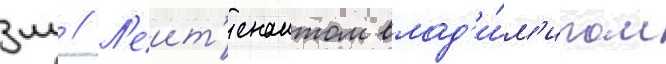
мл // Л'еит'енантом влад'и́м'иром